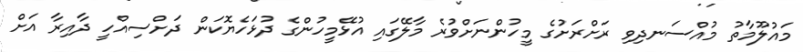
މައުލޫމާތު މުއްސަނދިވި ރަށްރަށުގެ މީހުންނަށްވުރެ މާލޭގައި އުޅޭމީހުންގެ ދުޅަހެޔޮކަން ދަށްސިއްހީ ދާއިރާ އަށް